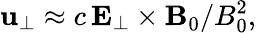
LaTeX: \mathbf{u}_{\perp}\approx c\, \mathbf{E_{\perp}\times B}_{0}/B_{0}^{2},